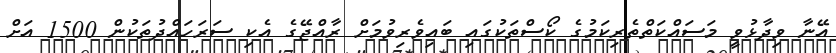
އޭނާ ވިދާޅުވީ މަސައްކަތްތެރިކަމުގެ ކޯސްތަކުގައި ބައިވެރިވުމަށް ރާއްޖޭގެ އެކި ސަރަހައްދުތަކުން 1500 އަށް